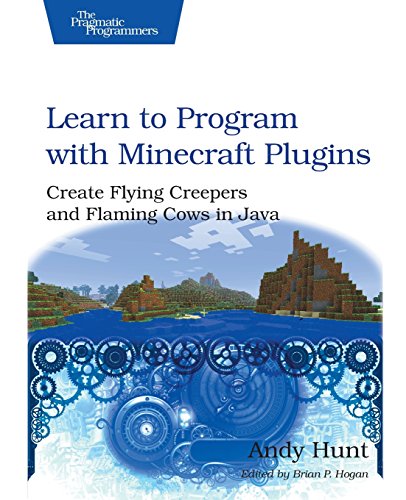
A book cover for Learn to Program with Minecraft Plugins: Create Flying Creepers and Flaming Cows in Java (The Pragmatic Programmers); Andy Hunt; Humor & Entertainment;